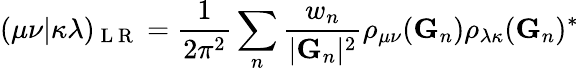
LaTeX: (\mu\nu|\kappa\lambda)_{\mathrm{~L~R~}}=\frac{1}{2\pi^{2}}\sum_{n}\frac{w_{n}}{|\mathbf{G}_{n}|^{2}}\rho_{\mu\nu}(\mathbf{G}_{n})\rho_{\lambda\kappa}(\mathbf{G}_{n})^{*}